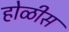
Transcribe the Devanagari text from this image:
होळीस